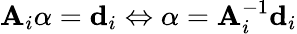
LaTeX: \mathbf{A}_{i}{\mathbf\alpha}={\mathbf{d}}_{i}\Leftrightarrow{\mathbf\alpha}=\mathbf{A}_{i}^{-1}\mathbf{d}_{i}